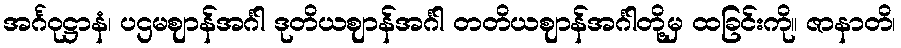
အင်္ဂဝုဋ္ဌာနံ၊ ပဌမဈာန်အင်္ဂါ ဒုတိယဈာန်အင်္ဂါ တတိယဈာန်အင်္ဂါတို့မှ ထခြင်းကို။ ဇာနာတိ၊